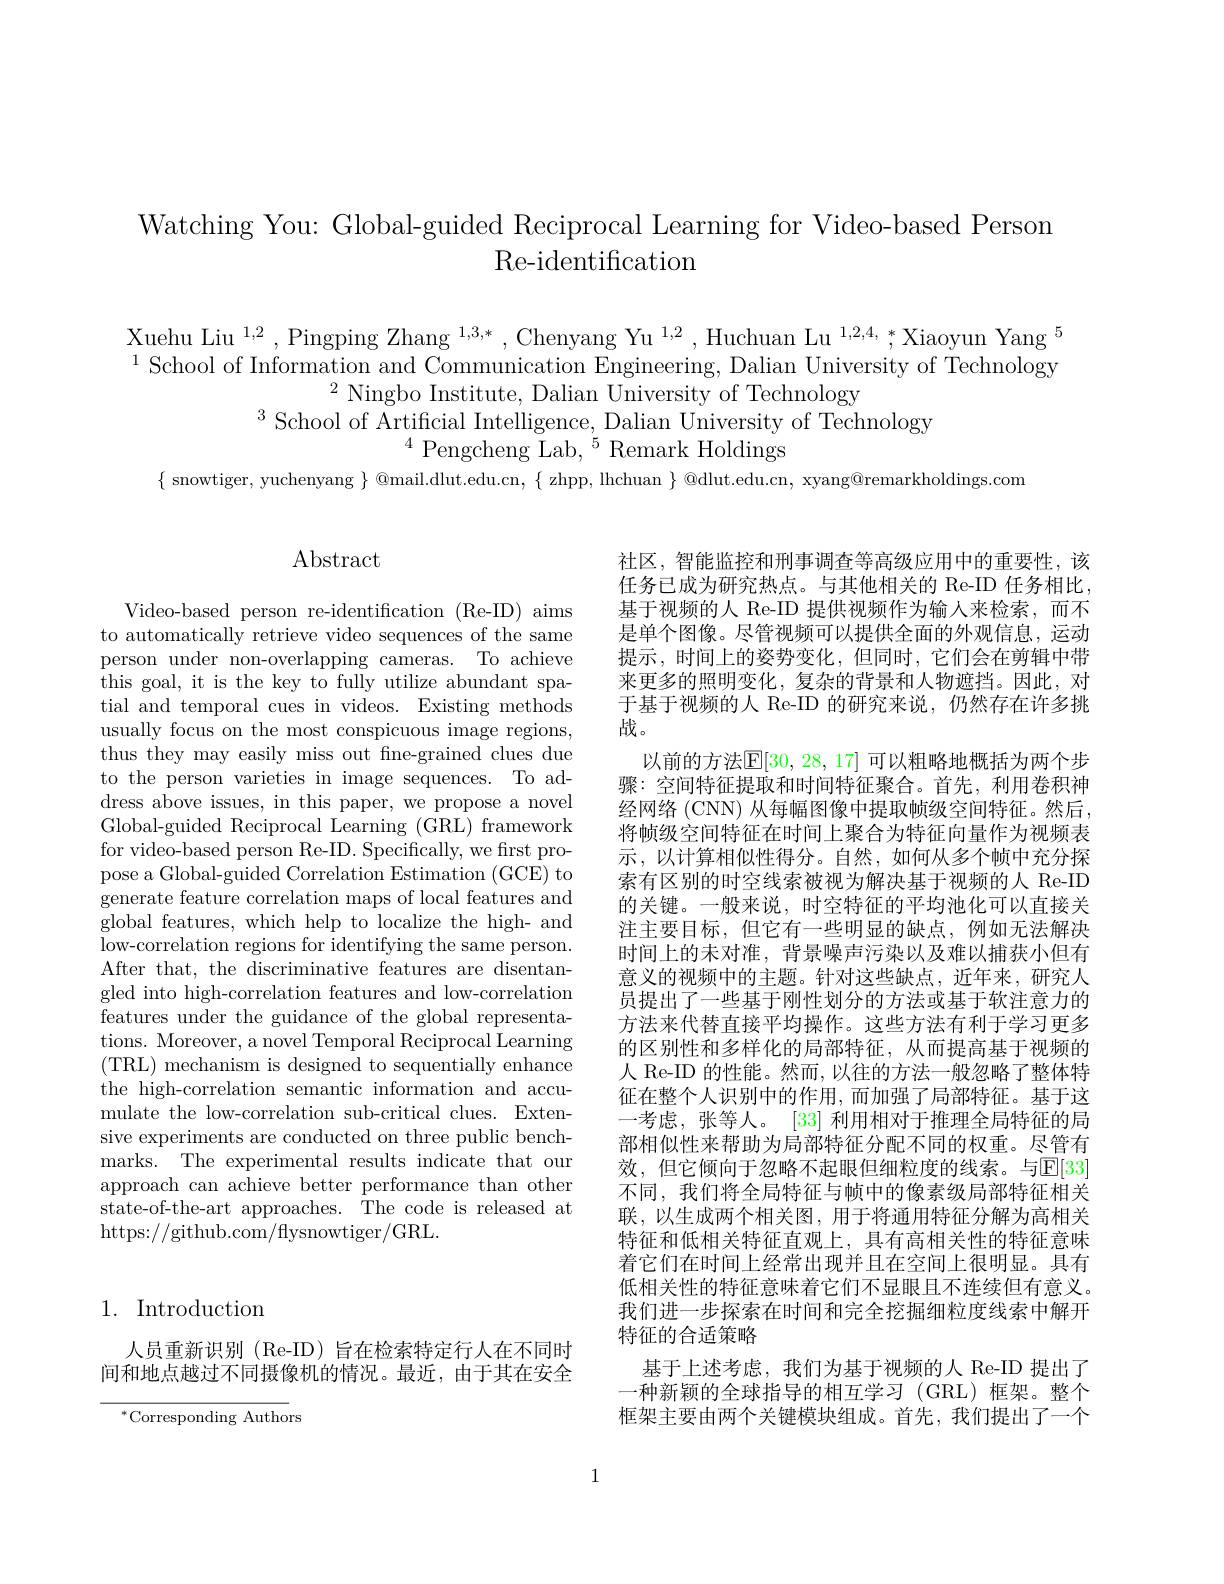
Watching You: Global-guided Reciprocal Learning for Video-based Person
# Re-identification

Xuehu Liu $^1,2$, Pingping Z $^{1}$School of Information and Communication Engineering, Dalian University of Technology
$^{2}$Ningbo Institute, Dali
$^{3}$School of Artificial Intelligence, Dalian University of Technology
$^{4}{\text{Pengcheng Lab,}}^{5}{}$
$\{$ snowtiger, yuchenyang $\}$ @mail.dlut.edu.cn, $\{$ zhpp, lhchuan $\}$ @dlut.edu.cn, xyang@remarkholdings.com

## 1. Introduction

人员重新识别 (Re-ID) 旨在检索特定行人在不同时间和地点越过不同摄像机的情况。最近，由于其在安全

$^*$Corresponding Authors

## Abstract

Video-based person re-identi to automatically retrieve video sequences of the same person under non-overlapping this goal, it is the key to fully utilize abundant spatial and temporal cues in vi usually focus on the most conspicuous image regions, thus they may easily miss ou to the person varieties in image sequences. To address above issues, in this Global-guided Reciprocal Learning (GRL) framework for video-based person Re-ID pose a Global-guided Correlation Estimation (GCE) to generate feature correlation maps of local features and global features, which help low-correlation regions for identifying the same person. After that, the discriminati gled into high-correlation f features under the guidance tions. Moreover, a novel Temporal Reciprocal Learning (TRL) mechanism is designed the high-correlation semantic information and accumulate the low-correlation s sive experiments are conducted on three public benchmarks. The experimental resu approach can achieve better performance than other state-of-the-art approaches. https://github.com/fysnowtiger/GRL.

社区，智能监控和刑事调查等高级应用中的重要性，该任务已成为研究热点。与其他相关的 Re-ID 任务相比， 基于视频的人 Re-ID 提供视频作为输入来检索，而不是单个图像。尽管视频可以提供全面的外观信息，运动提示，时间上的姿势变化，但同时，它们会在剪辑中带来更多的照明变化，复杂的背景和人物遮挡。因此，对于基于视频的人 Re-ID 的研究来说，仍然存在许多挑战。
以前的方法$\mathbb{E}[30,28,17]$ 可以粗略地概括为两个步骤：空间特征提取和时间特征聚合。首先，利用卷积神经网络 (CNN) 从每幅图像中提取帧级空间特征。然后， 将帧级空间特征在时间上聚合为特征向量作为视频表示，以计算相似性得分。自然，如何从多个帧中充分探索有区别的时空线索被视为解决基于视频的人 Re-ID 的关键。一般来说，时空特征的平均池化可以直接关注主要目标，但它有一些明显的缺点，例如无法解决时间上的末对准，背景噪声污染以及难以捕获小但有意义的视频中的主题。针对这些缺点，近年来，研究人员提出了一些基于刚性划分的方法或基于软注意力的方法来代替直接平均操作。这些方法有利于学习更多的区别性和多样化的局部特征，从而提高基于视频的人 Re-ID 的性能。然而，以往的方法一般忽略了整体特征在整个人识别中的作用，而加强了局部特征。基于这一考虑，张等人。[33] 利用相对于推理全局特征的局部相似性来帮助为局部特征分配不同的权重。尽管有效，但它倾向于忽略不起眼但细粒度的线索。与$\mathbb{E}[33]$ 不同，我们将全局特征与帧中的像素级局部特征相关联，以生成两个相关图，用于将通用特征分解为高相关特征和低相关特征直观上，具有高相关性的特征意味着它们在时间上经常出现并且在空间上很明显。具有低相关性的特征意味着它们不显眼且不连续但有意义。我们进一步探索在时间和完全挖掘细粒度线索中解开特征的合适策略
基于上述考虑，我们为基于视频的人 Re-ID 提出了一种新颖的全球指导的相互学习(GRL)框架。整个框架主要由两个关键模块组成。首先，我们提出了一个

1